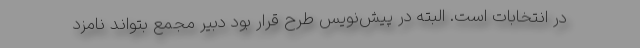
در انتخابات است. البته در پیش‌نویس طرح قرار بود دبیر مجمع بتواند نامزد